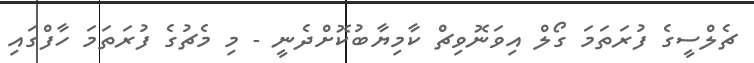
ޗެލްސީގެ ފުރަތަމަ ގޯލް އިވަނޮވިޗް ކާމިޔާބުކޮށްދެނީ - މި މެޗުގެ ފުރަތަމަ ހާފްގައި